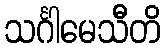
သင်္ဂါမေသီတိ